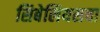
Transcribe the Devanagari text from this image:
सिबेलियसचा